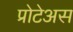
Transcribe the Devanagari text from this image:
प्रोटेअस